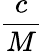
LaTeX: \frac{c}{M}